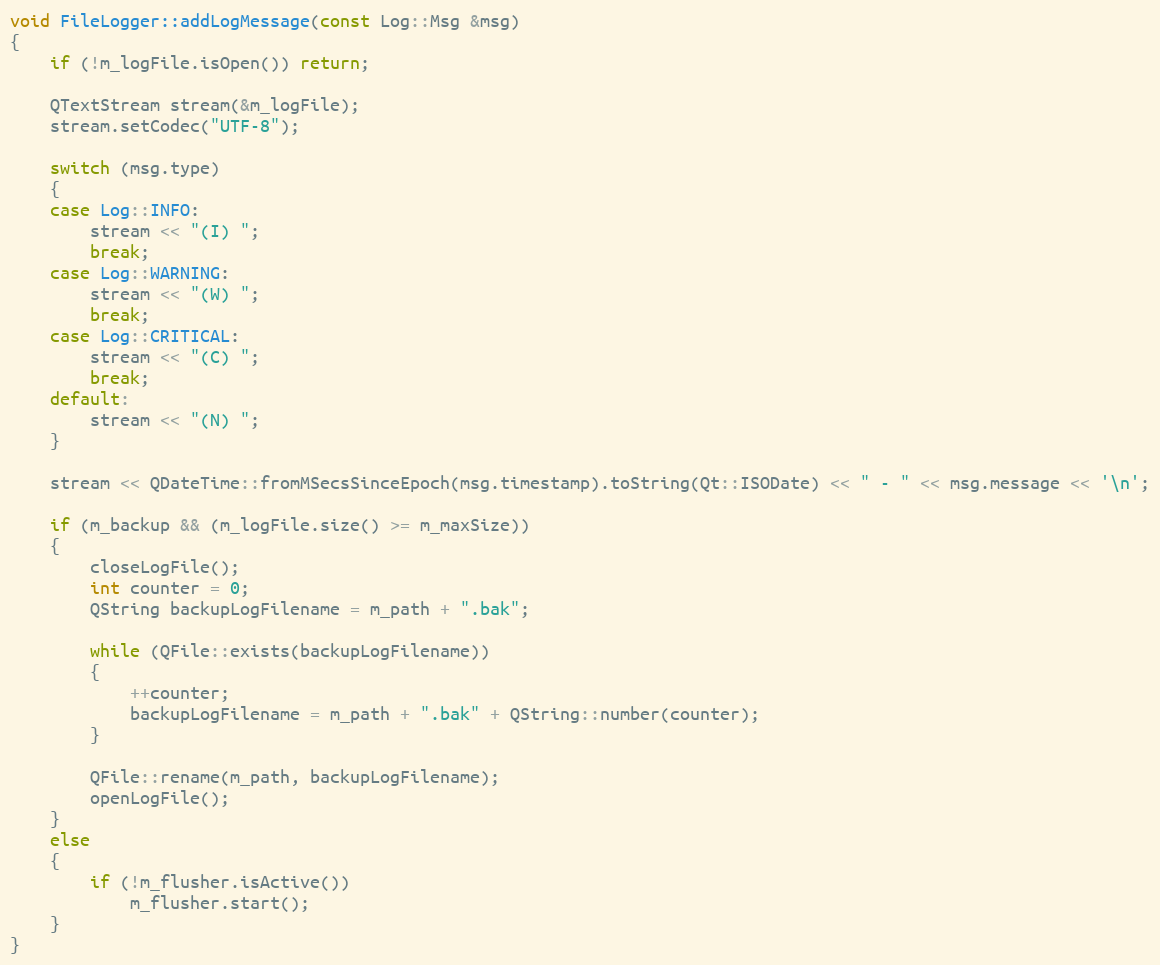
Language: C++
void FileLogger::addLogMessage(const Log::Msg &msg)
{
    if (!m_logFile.isOpen()) return;

    QTextStream stream(&m_logFile);
    stream.setCodec("UTF-8");

    switch (msg.type)
    {
    case Log::INFO:
        stream << "(I) ";
        break;
    case Log::WARNING:
        stream << "(W) ";
        break;
    case Log::CRITICAL:
        stream << "(C) ";
        break;
    default:
        stream << "(N) ";
    }

    stream << QDateTime::fromMSecsSinceEpoch(msg.timestamp).toString(Qt::ISODate) << " - " << msg.message << '\n';

    if (m_backup && (m_logFile.size() >= m_maxSize))
    {
        closeLogFile();
        int counter = 0;
        QString backupLogFilename = m_path + ".bak";

        while (QFile::exists(backupLogFilename))
        {
            ++counter;
            backupLogFilename = m_path + ".bak" + QString::number(counter);
        }

        QFile::rename(m_path, backupLogFilename);
        openLogFile();
    }
    else
    {
        if (!m_flusher.isActive())
            m_flusher.start();
    }
}